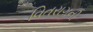
વિતરાગની